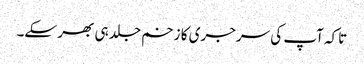
تاکہ آپ کی سرجری کا زخم جلد ہی بھر سکے۔